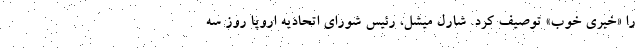
را «خبری خوب» توصیف کرد. شارل میشل، رئیس شورای اتحادیه اروپا روز سه